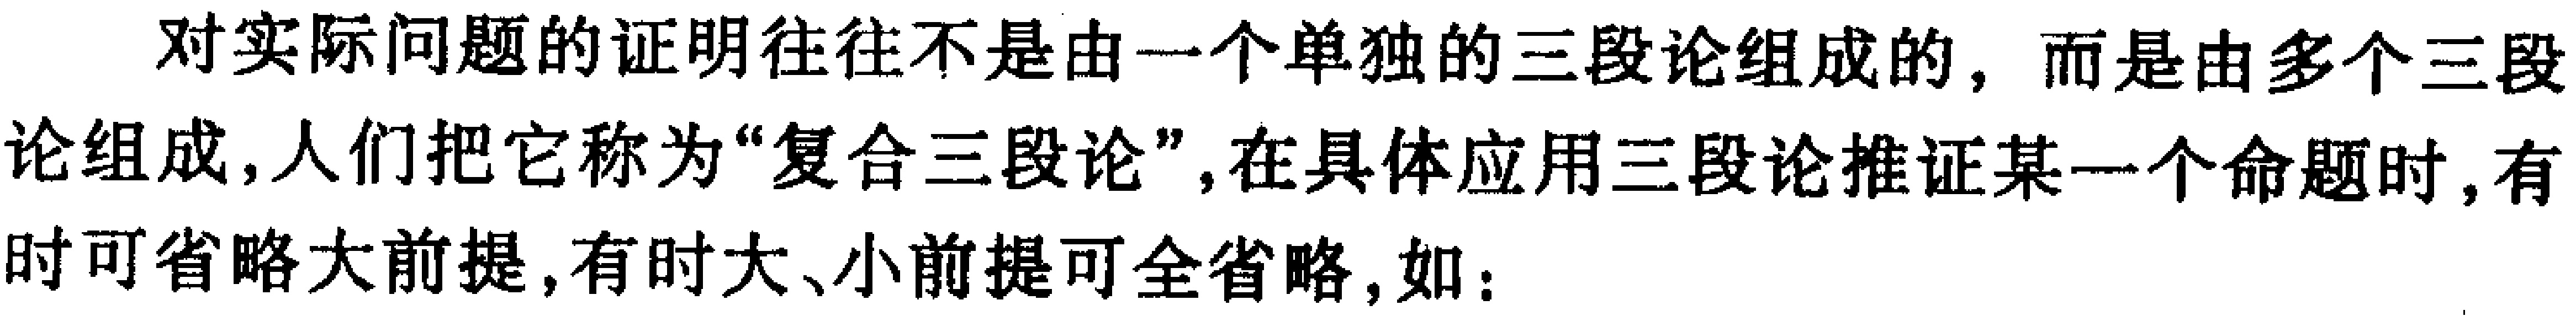
对实际问题的证明往往不是由一个单独的三段论组成的，而是由多个三段论组成，人们把它称为“复合三段论”,在具体应用三段论推证某一个命题时，有时可省略大前提，有时大、小前提可全省略，如：